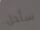
سأحل